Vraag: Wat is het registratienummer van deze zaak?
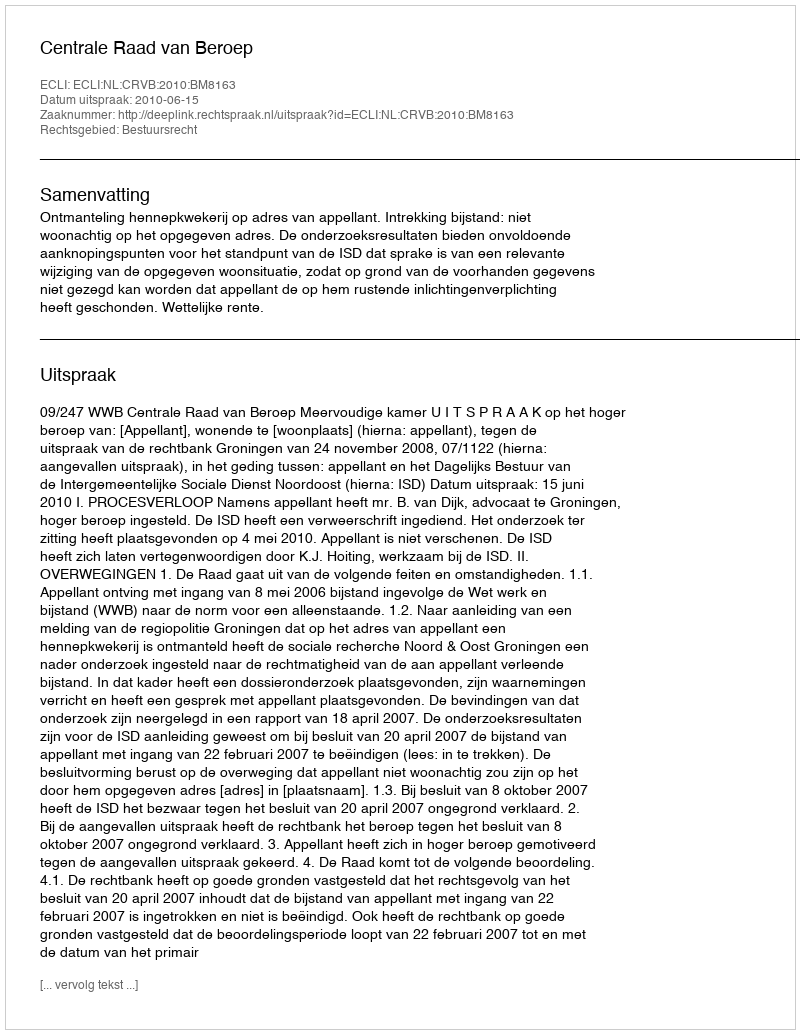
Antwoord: http://deeplink.rechtspraak.nl/uitspraak?id=ECLI:NL:CRVB:2010:BM8163